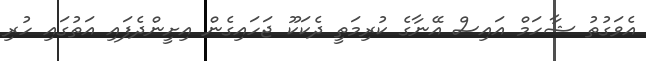
އެވަގުތު ޝާހަމް އައިސް އޭނާގެ ކުރިމަތީ ދެކަކޫ ޖަހައިގެން އިށީންދެފައި އަތުގައި ހުރި